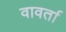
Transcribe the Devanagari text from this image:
वावर्ता